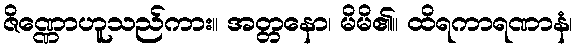
ဇိဏ္ဏောဟူသည်ကား။ အတ္တနော၊ မိမိ၏။ ထိရကာရဏာနံ၊